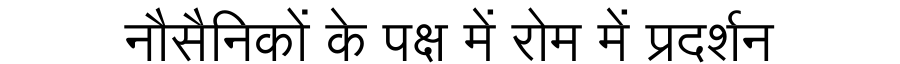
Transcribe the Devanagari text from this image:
नौसैनिकों के पक्ष में रोम में प्रदर्शन